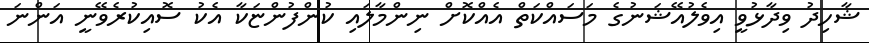
ޝާހިދު ވިދާޅުވީ އިވެލުއޭޝަނުގެ މަސައްކަތް އެއްކޮށް ނިންމާލައި ކުންފުންޏަކާ އެކު ސޮއިކުރެވޭނީ އަންނަ